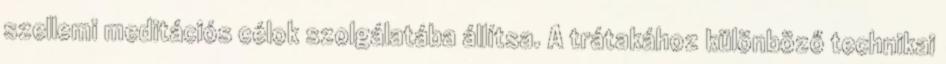
szellemi meditációs célok szolgálatába állítsa. A trátakához különböző technikai